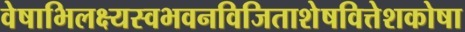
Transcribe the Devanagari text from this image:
वेषाभिलक्ष्यस्वभवनविजिताशेषवित्तेशकोषा